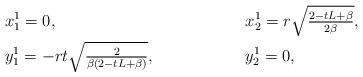
LaTeX: \begin{align*}& x^1_1=0, && x_2^1=r\sqrt{\tfrac{2-tL+\beta}{2\beta}},\\& y_1^1=-rt\sqrt{\tfrac{2}{\beta\left(2-tL+\beta\right)}},&& y^1_2=0,\end{align*}